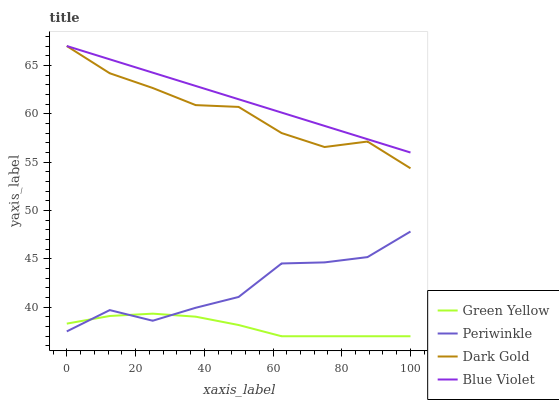
| xaxis_label | Green Yellow | Periwinkle | Dark Gold | Blue Violet |
 | --- | --- | --- | --- | --- |
 | 0 | 38.3 | 37.5 | 67 | 67 |
 | 12.5 | 39.1 | 39.7 | 64.2 | 65.6 |
 | 25 | 39.3 | 38.6 | 62.7 | 64.2 |
 | 37.5 | 39 | 39.9 | 60.9 | 62.9 |
 | 50 | 38.2 | 41.1 | 60.7 | 61.5 |
 | 62.5 | 37 | 44.5 | 58 | 60.1 |
 | 75 | 37 | 44.6 | 56.6 | 58.7 |
 | 87.5 | 37 | 45.2 | 57.1 | 57.4 |
 | 100 | 37 | 47.8 | 54.4 | 56 |